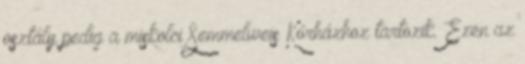
osztály pedig a miskolci Semmelweis Kórházhoz tartozik. Ezen az